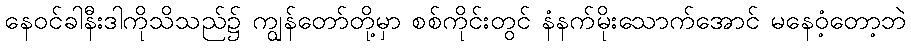
နေဝင်ခါနီးဒါကိုသိသည်၌ ကျွန်တော်တို့မှာ စစ်ကိုင်းတွင် နံနက်မိုးသောက်အောင် မနေဝံ့တော့ဘဲ